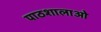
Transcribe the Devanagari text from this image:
पाठशालाओ